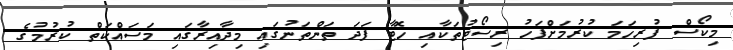
މިކޯސް ފުރިހަމަ ކުރުމަށްފަހު ރިސޯޓުތަކާއި ހޮޓާ ފަދަ ތަންތަނުގައި މިދާއިރާގައި މަސައްކަތް ކުރުމުގެ